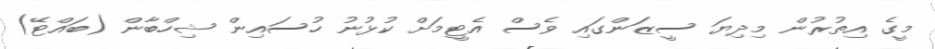
މީގެ އިތުރުން މިދިޔަ ސީޒަންގައި ވެސް އެޓީމަށް ކުޅުނު ހުސައިން ޝިހްބާން (ބައްޓޭ)